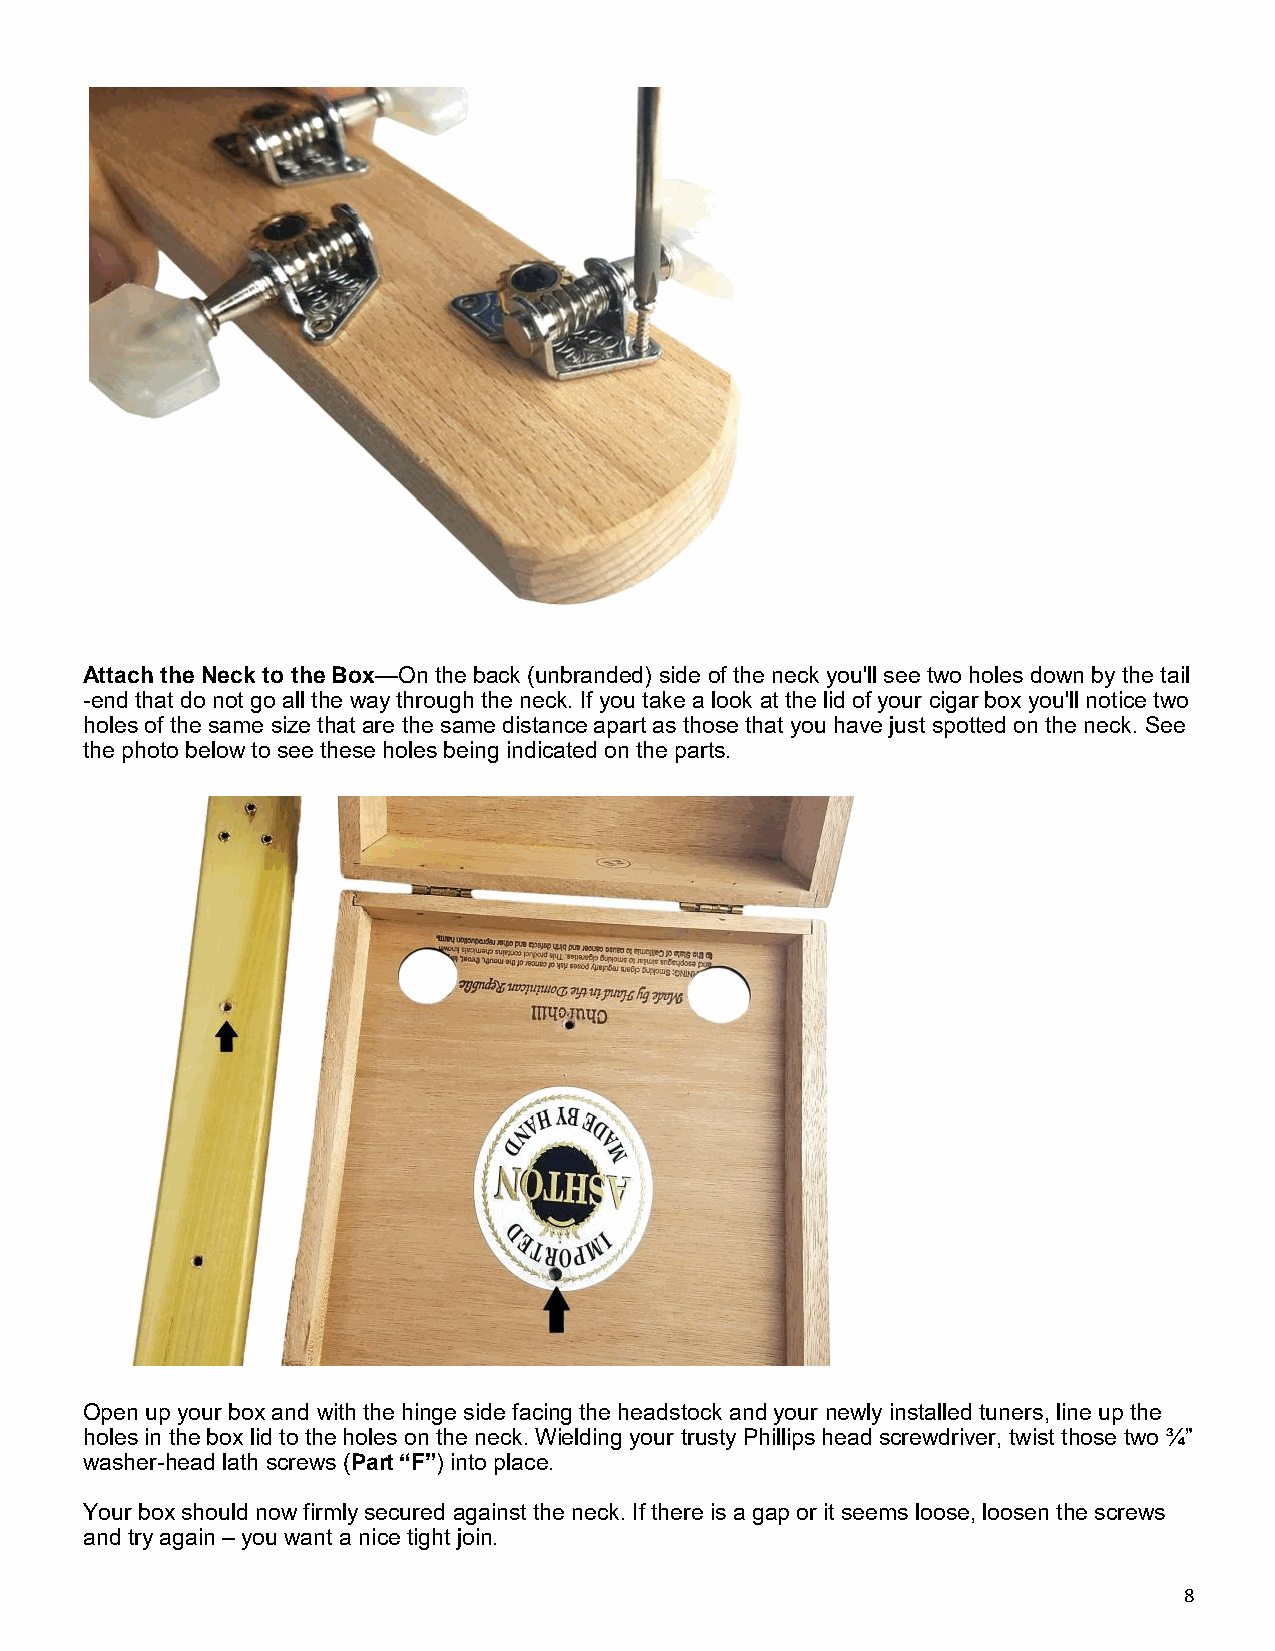
Attach the Neck to the Box—On the back (unbranded) side of the neck you'll see two holes down by the tail
 -end that do not go all the way through the neck. If you take a look at the lid of your cigar box you'll notice two
 holes of the same size that are the same distance apart as those that you have just spotted on the neck. See
 the photo below to see these holes being indicated on the parts.
 Open up your box and with the hinge side facing the headstock and your newly installed tuners, line up the
 holes in the box lid to the holes on the neck. Wielding your trusty Phillips head screwdriver, twist those two ¾”
 washer-head lath screws (Part “F”) into place.
 Your box should now firmly secured against the neck. If there is a gap or it seems loose, loosen the screws
 and try again – you want a nice tight join.
 8